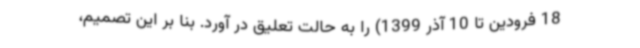
18 فرودین تا 10 آذر 1399) را به حالت تعلیق در آورد. بنا بر این تصمیم،